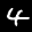
Label: 4